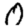
Digit: 0